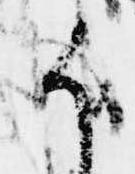
候